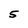
Character: 5